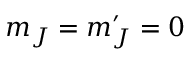
m _ { J } = m _ { J } ^ { \prime } = 0